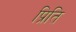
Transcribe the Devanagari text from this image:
प्रिति